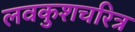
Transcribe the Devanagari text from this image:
लवकुशचरित्र